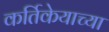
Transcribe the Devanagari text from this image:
कर्तिकेयाच्या